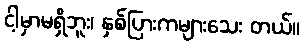
ငါ့မှာမရှိဘူး၊ နှစ်ပြားကများသေး တယ်။